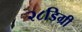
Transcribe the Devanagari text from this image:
२८डिग्री